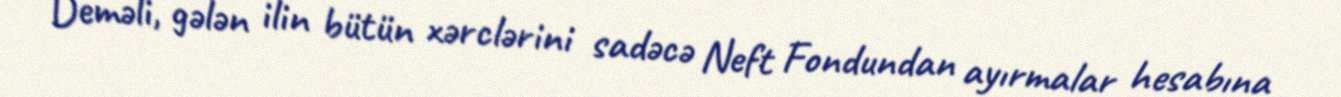
Deməli, gələn ilin bütün xərclərini sadəcə Neft Fondundan ayırmalar hesabına